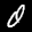
Label: 0